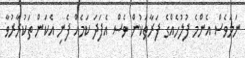
ނަމަވެސް އެންމެ ފުލުހެއްގެ ފަރާތަކުން ވެސް އެފަދަ ކަމެއް ފެނި އެކަން ތަކުރާރުވާ